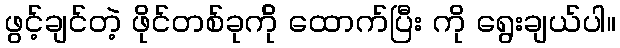
ဖွင့်ချင်တဲ့ ဖိုင်တစ်ခုက်ို ထောက်ပြီး ကို ရွေးချယ်ပါ။